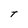
Character: t